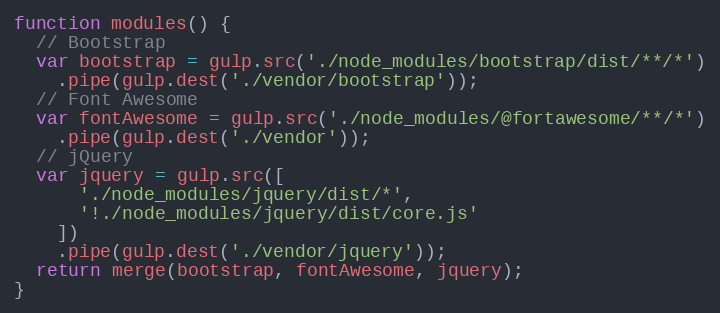
Language: JavaScript
function modules() {
  // Bootstrap
  var bootstrap = gulp.src('./node_modules/bootstrap/dist/**/*')
    .pipe(gulp.dest('./vendor/bootstrap'));
  // Font Awesome
  var fontAwesome = gulp.src('./node_modules/@fortawesome/**/*')
    .pipe(gulp.dest('./vendor'));
  // jQuery
  var jquery = gulp.src([
      './node_modules/jquery/dist/*',
      '!./node_modules/jquery/dist/core.js'
    ])
    .pipe(gulp.dest('./vendor/jquery'));
  return merge(bootstrap, fontAwesome, jquery);
}